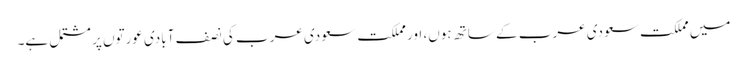
میں مملکت سعودی عرب کے ساتھ ہوں، اور مملکت سعودی عرب کی نصف آبادی عورتوں پر مشتمل ہے۔